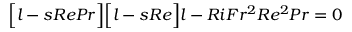
\Big [ l - s R e P r \Big ] \Big [ l - s R e \Big ] l - R i F r ^ { 2 } R e ^ { 2 } P r = 0